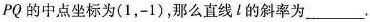
PQ 的中点坐标为(1，-1)，那么直线 l 的斜率为___.